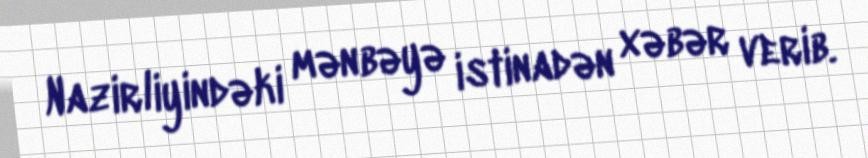
Nazirliyindəki mənbəyə istinadən xəbər verib.